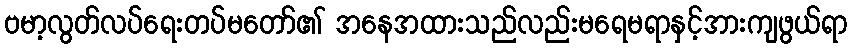
ဗမာ့လွတ်လပ်ရေးတပ်မတော်၏ အနေအထားသည်လည်းမရေမရာနှင့်အားကျဖွယ်ရာ